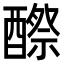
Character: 𨢵